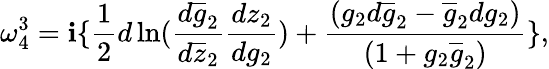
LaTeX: \omega_{4}^{3}=\mathbf{i}\{ \frac{{1}}{{2}}d\ln(\frac{{d\overline{{{{g}}}}_{2}}}{{d\overline{{{{z}}}}_{2}}}\frac{{dz_{2}}}{{dg_{2}}})+\frac{{(g_{2}d\overline{{{{g}}}}_{2}-\overline{{{{g}}}}_{2}dg_{2})}}{{(1+g_{2}\overline{{{{g}}}}_{2})}}\} ,